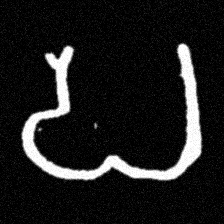
Pyu character \u2014 Myanmar letter: ပ (romanized: pa)